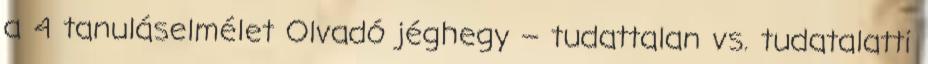
a 4 tanuláselmélet Olvadó jéghegy – tudattalan vs. tudatalatti